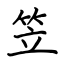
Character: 笠